Civil Veterinary Department Bihar & Orissa reports 1911-21 - 1911-1921
Year: 1911
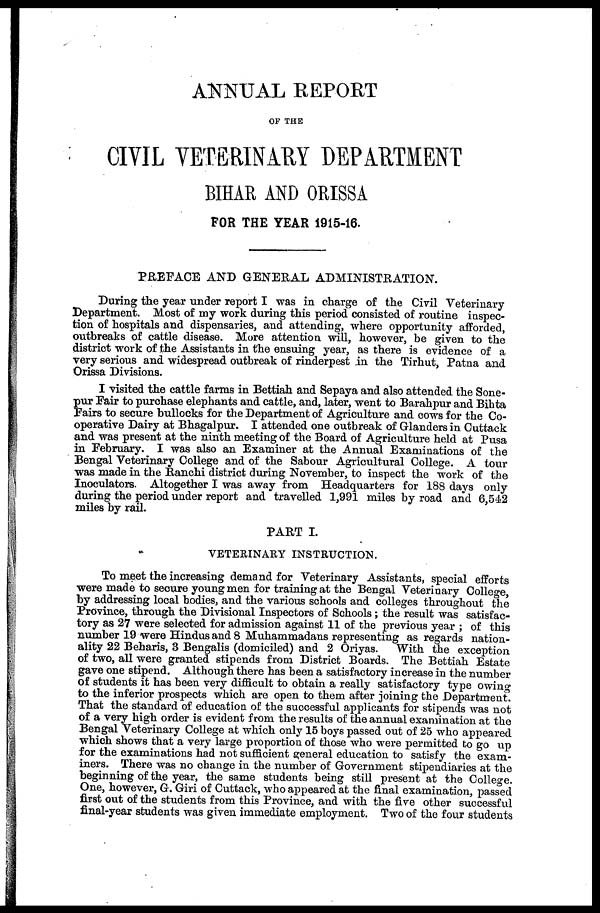
ANNUAL REPORT
OF THE
CIVIL VETERINARY DEPARTMENT
BIHAR AND ORISSA
FOR THE YEAR 1915-16.
PREFACE AND GENERAL ADMINISTRATION.
During the year under report I was in charge of the Civil Veterinary
Department. Most of my work during this period consisted of routine inspec-
tion of hospitals and dispensaries, and attending, where opportunity afforded,
outbreaks of cattle disease. More attention will, however, be given to the
district work of the Assistants in the ensuing year, as there is evidence of a
very serious and widespread outbreak of rinderpest in the Tirhut, Patna and
Orissa Divisions.
I visited the cattle farms in Bettiah and Sepaya and also attended the Sone-
pur Pair to purchase elephants and cattle, and, later, went to Barahpur and Bihta
Pairs to secure bullocks for the Department of Agriculture and cows for the Co-
operative Dairy at Bhagalpur. I attended one outbreak of Glanders in Cuttack
and was present at the ninth meeting of the Board of Agriculture held at Pusa
in February. I was also an Examiner at the Annual Examinations of the
Bengal Veterinary College and of the Sabour Agricultural College. A tour
was made in the Ranchi district during November, to inspect the work of the
Inoculators. Altogether I was away from Headquarters for 188 days only
during the period under report and travelled 1,991 miles by road and 6,542
miles by rail.
PART I.
VETERINARY INSTRUCTION.
To meet the increasing demand for Veterinary Assistants, special efforts
were made to secure young men for training at the Bengal Veterinary College,
by addressing local bodies, and the various schools and colleges throughout the
Province, through the Divisional Inspectors of Schools ; the result was satisfac-
tory as 27 were selected for admission against 11 of the previous year ; of this
number 19 were Hindus and 8 Muhammadans representing as regards nation-
ality 22 Beharis, 3 Bengalis (domiciled) and 2 Oriyas. With the exception
of two, all were granted stipends from District Boards. The Bettiah Estate
gave one stipend. Although there has been a satisfactory increase in the number
of students it has been very difficult to obtain a really satisfactory type owing
to the inferior prospects which are open to them after joining the Department.
That the standard of education of the successful applicants for stipends was not
of a very high order is evident from the results of the annual examination at the
Bengal Veterinary College at which only 15 boys passed out of 25 who appeared
which shows that a very large proportion of those who were permitted to go up
for the examinations had not sufficient general education to satisfy the exam-
iners. There was no change in the number of Government stipendiaries at the
beginning of the year, the same students being still present at the College.
One, however, G. Giri of Cuttack, who appeared at the final examination, passed
first out of the students from this Province, and with the five other successful
final-year students was given immediate employment. Two of the four students